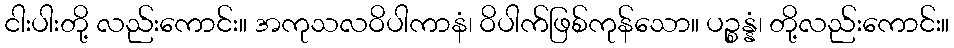
ငါးပါးတို့ လည်းကောင်း။ အကုသလဝိပါကာနံ၊ ဝိပါက်ဖြစ်ကုန်သော။ ပဉ္စန္နံ၊ တို့လည်းကောင်း။